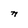
Character: n